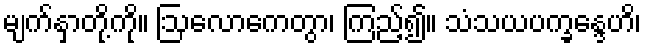
မျက်နှာတို့ကို။ ဩလောကေတွာ၊ ကြည့်၍။ သံသယပက္ခန္ဒေဟိ၊